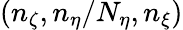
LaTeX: (n_{\zeta},n_{\eta}/N_{\eta},n_{\xi})